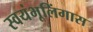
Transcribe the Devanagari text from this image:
स्वयंभूलिंगास